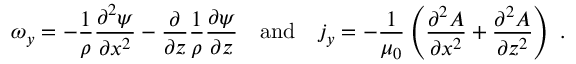
\omega _ { y } = - \frac { 1 } { \rho } \frac { \partial ^ { 2 } \psi } { \partial x ^ { 2 } } - \frac { \partial } { \partial z } \frac { 1 } { \rho } \frac { \partial \psi } { \partial z } \quad \mathrm { a n d } \quad j _ { y } = - \frac { 1 } { \mu _ { 0 } } \left( \frac { \partial ^ { 2 } A } { \partial x ^ { 2 } } + \frac { \partial ^ { 2 } A } { \partial z ^ { 2 } } \right) \; .